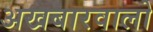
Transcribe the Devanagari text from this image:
अखबारवालो